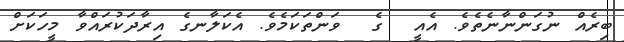
ބިރެއް ނުގަންނާނެތެވެ. އެއީ  ގެ  ވަންތަކަމެވެ. އެކަލާނގެ އިރާދަކުރައްވާ މީހަކަށް